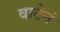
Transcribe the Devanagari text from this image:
वाटेनं